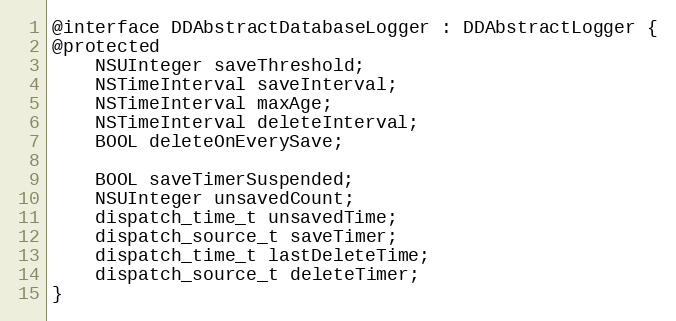
Language: C
@interface DDAbstractDatabaseLogger : DDAbstractLogger {
@protected
    NSUInteger saveThreshold;
    NSTimeInterval saveInterval;
    NSTimeInterval maxAge;
    NSTimeInterval deleteInterval;
    BOOL deleteOnEverySave;

    BOOL saveTimerSuspended;
    NSUInteger unsavedCount;
    dispatch_time_t unsavedTime;
    dispatch_source_t saveTimer;
    dispatch_time_t lastDeleteTime;
    dispatch_source_t deleteTimer;
}